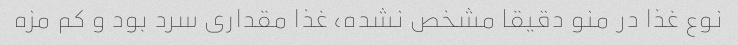
نوع غذا در منو دقیقا مشخص نشده، غذا مقداری سرد بود و کم مزه